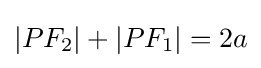
\left|PF_{2}\right|+\left|PF_{1}\right|=2a